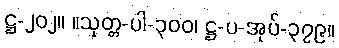
ဋ္ဌ-၂၀၂။ ။သုတ္တ-ပါ-၃၀၀၊ ဋ္ဌ-ပ-အုပ်-၃၇၉။